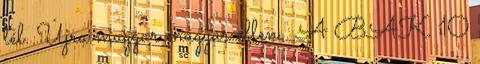
tél. Újra magyar magyar ellen . A BAK 10